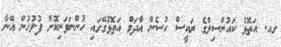
ގއ. އަތޮޅު ކައުންސިލްގެ ރައީސް ހުސެން އާދަމް އަތޮޅުގޭގައި ހުންނަވަނިކޮށް ފުލުހުން އޭނާ